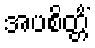
အပစိတ္တိံ